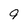
Character: 9